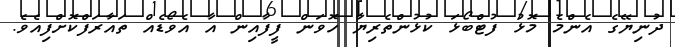
ދުނިޔޭގެ އެންމެ މޮޅު ފުޓްބޯޅަ ކުޅުންތެރިޔާ ހޮވަން ފީފާއިން އާ އެވޯޑެއް ތައާރަފްކޮށްފިއެވެ.